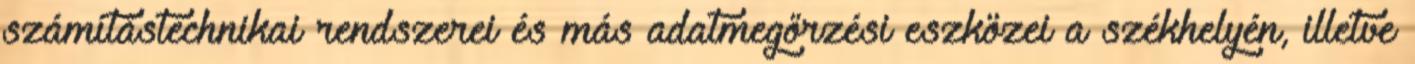
számítástechnikai rendszerei és más adatmegőrzési eszközei a székhelyén, illetve